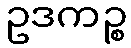
ဥဒကဉ္စ